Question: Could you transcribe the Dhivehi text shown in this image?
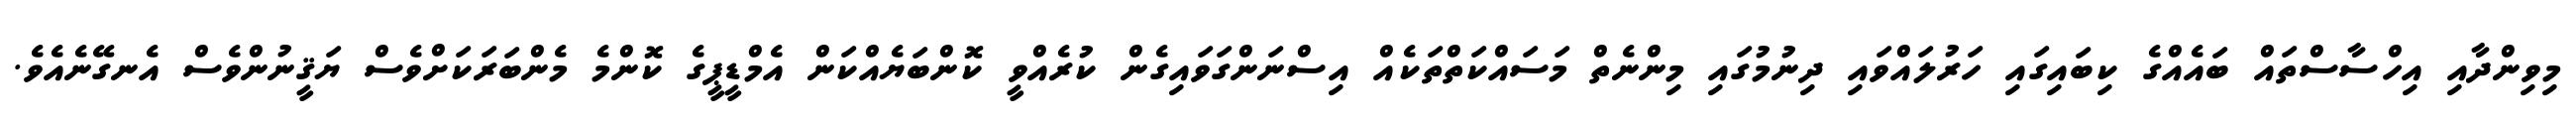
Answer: މިވިންދާއި އިހްސާސްތައް ބައެއްގެ ކިބައިގައި ހަރުލައްވައި ދިނުމުގައި މިންނެތް މަސައްކަތްތަކެއް އިސްނަންގަވައިގެން ކުރެއްވީ ކޮންބަޔެއްކަން އެމްޑީޕީގެ ކޮންމެ މެންބަރަކަށްވެސް ޔަޤީނުންވެސް އެނގޭނެއެވެ.